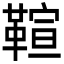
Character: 𩋢